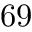
6 9